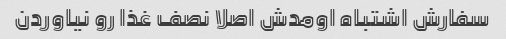
سفارش اشتباه اومدش اصلا نصف غذا رو نیاوردن